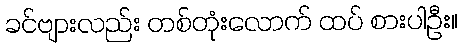
ခင်ဗျားလည်း တစ်တုံးလောက် ထပ် စားပါဦး။